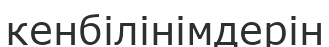
кенбілінімдерін